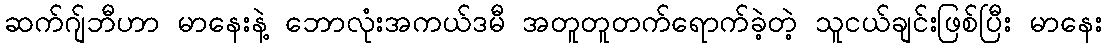
ဆက်ဂျ်ဘီဟာ မာနေးနဲ့ ဘောလုံးအကယ်ဒမီ အတူတူတက်ရောက်ခဲ့တဲ့ သူငယ်ချင်းဖြစ်ပြီး မာနေး